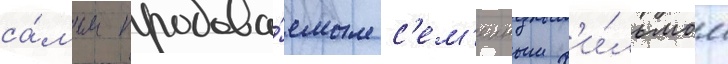
са́мым продава́емым с'ем'еиным ф'и́льмом